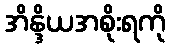
အိန္ဒိယအစိုးရကို